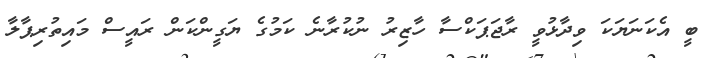
ބީ އެކަނަޔަކަ ވިދާޅުވީ ރާޖަޕަކްސާ ހާޒިރު ނުކުރާނެ ކަމުގެ ޔަގީންކަން ރައީސް މައިތުރިޕާލާ